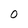
Character: 0